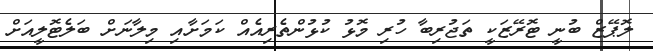
ލޮޕޭޒް ބުނީ ޓޮރޭޒަކީ ތަޖުރިބާ ހުރި މޮޅު ކުޅުންތެރިއެއް ކަމަށާއި މިލާނަށް ބަލެޓޮލީއަށް